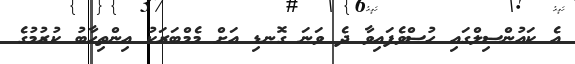
އެ ކައުންސިލްގައި ހުސްވެފައިވާ ދެ ވަނަ ގޮނޑި އަށް މެމްބަރަކު އިންތިހާބު ކުރުމުގެ